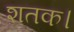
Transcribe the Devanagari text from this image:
शतक।